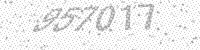
Solution: 957017